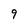
Character: 9